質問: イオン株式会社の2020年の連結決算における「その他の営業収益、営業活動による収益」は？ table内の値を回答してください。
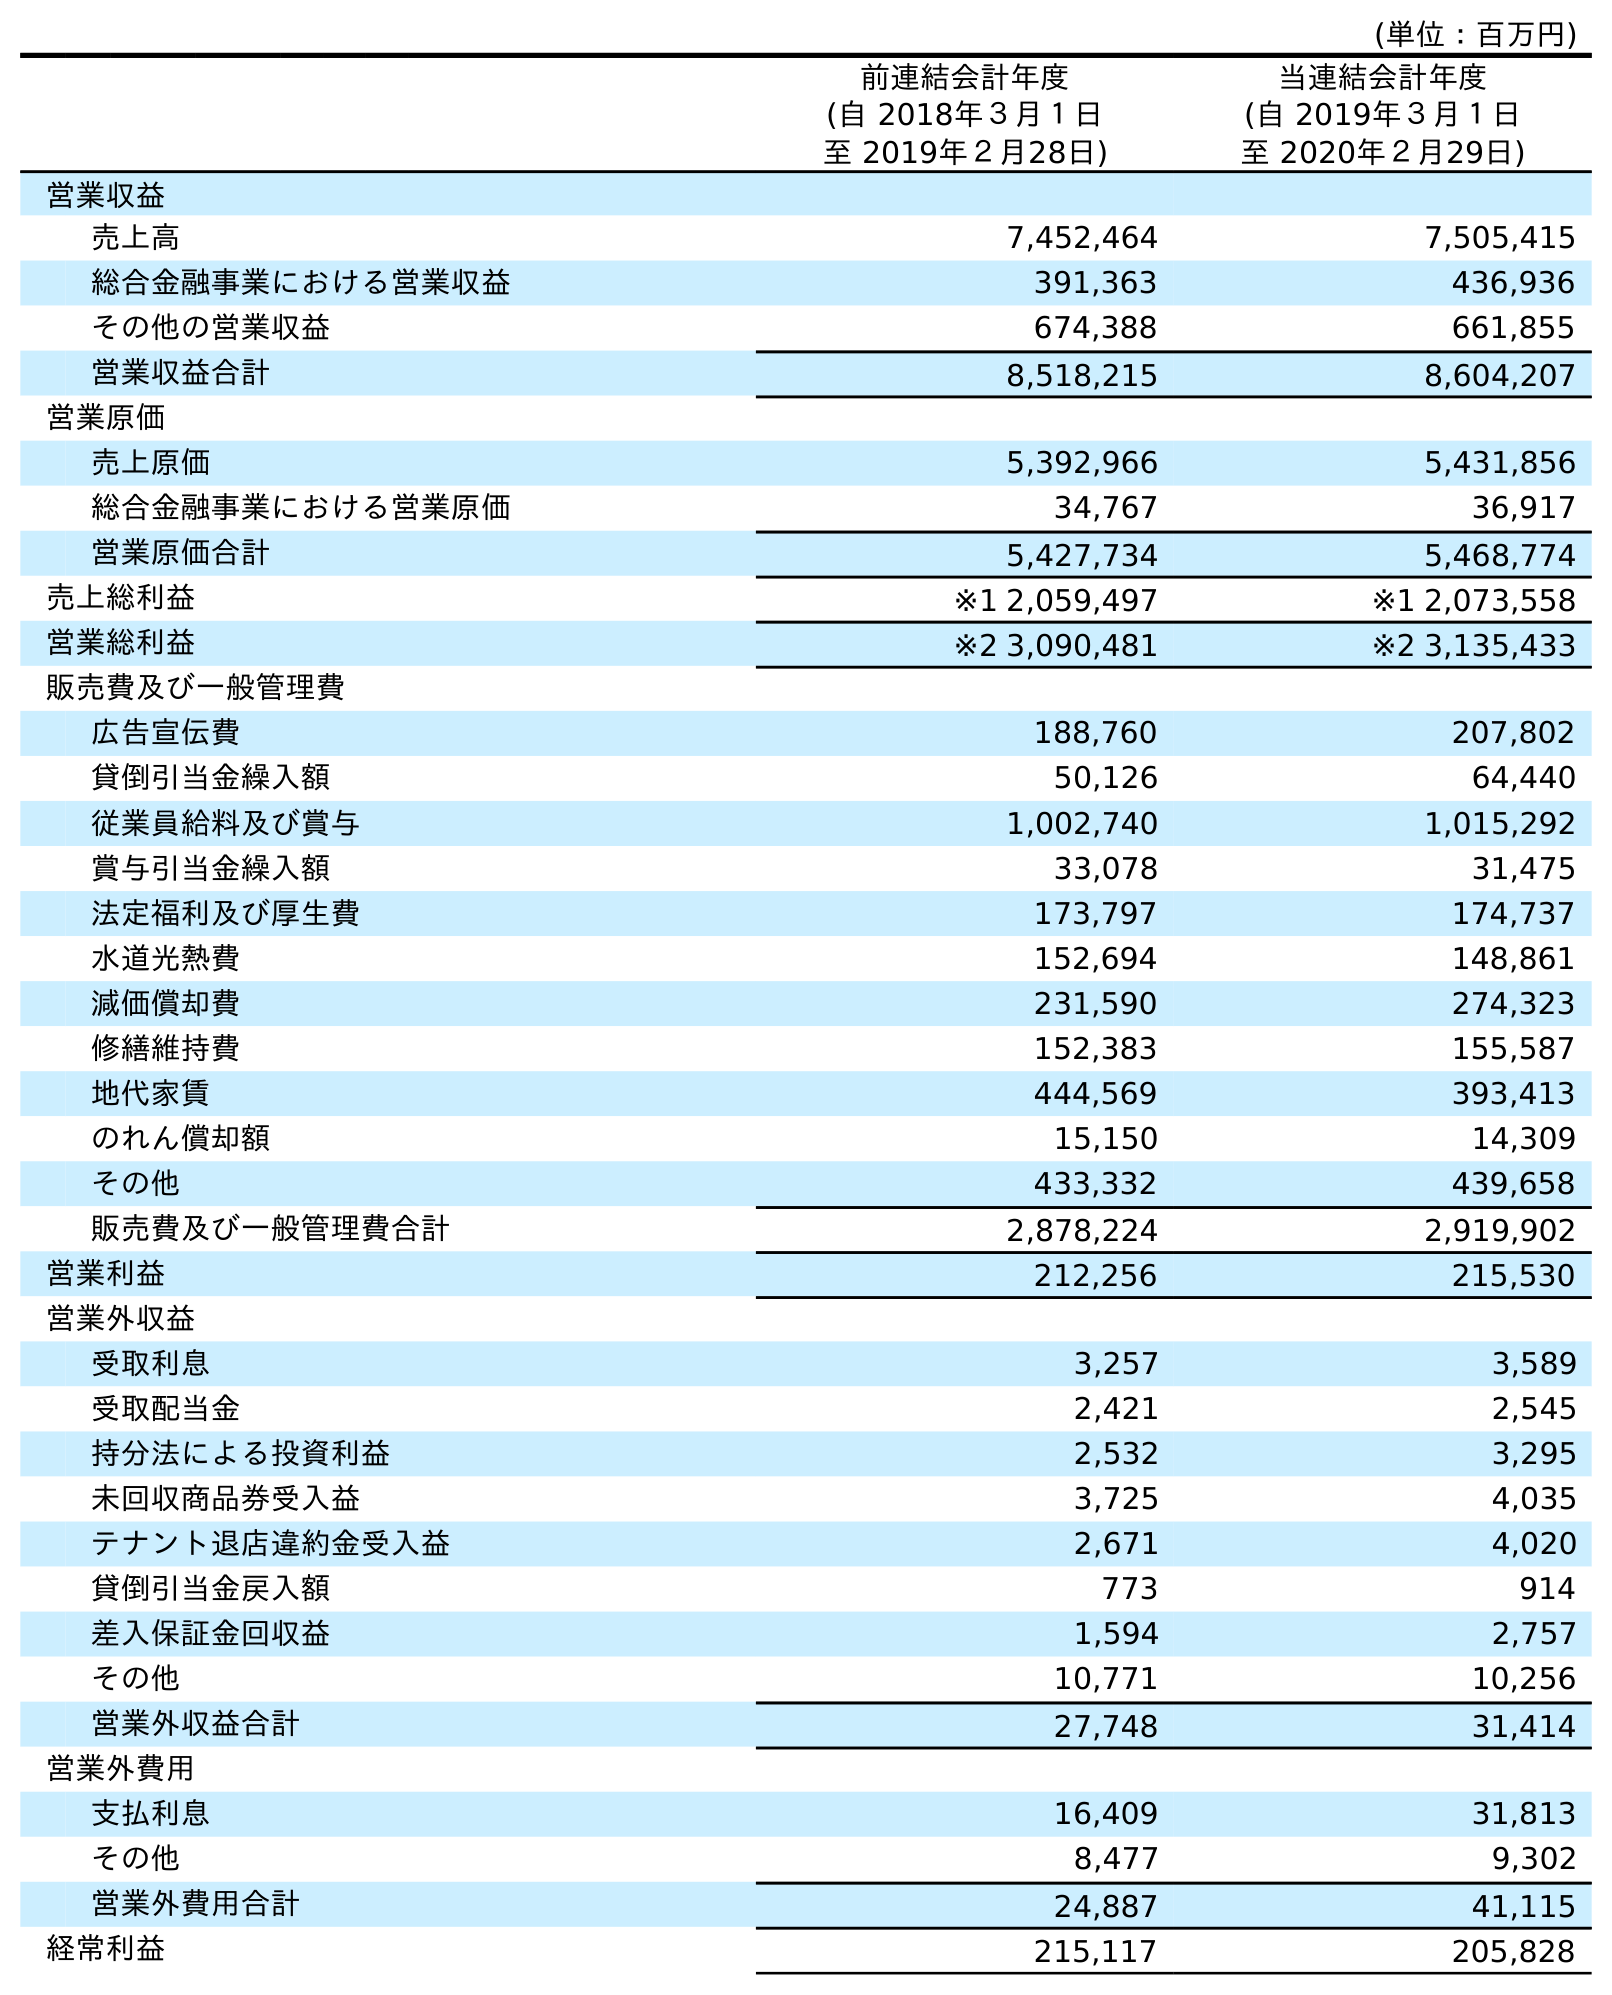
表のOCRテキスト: (単位：百万円) 前連結会計年度 (自 2018年３月１日 至 2019年２月28日) 当連結会計年度 (自 2019年３月１日 至 2020年２月29日) 営業収益 売上高 7,452,464 7,505,415 総合金融事業における営業収益 391,363 436,936 その他の営業収益 674,388 661,855 営業収益合計 8,518,215 8,604,207 営業原価 売上原価 5,392,966 5,431,856 総合金融事業における営業原価 34,767 36,917 営業原価合計 5,427,734 5,468,774 売上総利益 ※1 2,059,497 ※1 2,073,558 営業総利益 ※2 3,090,481 ※2 3,135,433 販売費及び一般管理費 広告宣伝費 188,760 207,802 貸倒引当金繰入額 50,126 64,440 従業員給料及び賞与 1,002,740 1,015,292 賞与引当金繰入額 33,078 31,475 法定福利及び厚生費 173,797 174,737 水道光熱費 152,694 148,861 減価償却費 231,590 274,323 修繕維持費 152,383 155,587 地代家賃 444,569 393,413 のれん償却額 15,150 14,309 その他 433,332 439,658 販売費及び一般管理費合計 2,878,224 2,919,902 営業利益 212,256 215,530 営業外収益 受取利息 3,257 3,589 受取配当金 2,421 2,545 持分法による投資利益 2,532 3,295 未回収商品券受入益 3,725 4,035 テナント退店違約金受入益 2,671 4,020 貸倒引当金戻入額 773 914 差入保証金回収益 1,594 2,757 その他 10,771 10,256 営業外収益合計 27,748 31,414 営業外費用 支払利息 16,409 31,813 その他 8,477 9,302 営業外費用合計 24,887 41,115 経常利益 215,117 205,828
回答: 661,855